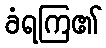
ခံရကြ၏